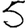
Digit: 5